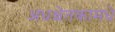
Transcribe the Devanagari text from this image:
अधश्चेतकामधे